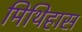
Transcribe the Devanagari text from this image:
मिथिहास